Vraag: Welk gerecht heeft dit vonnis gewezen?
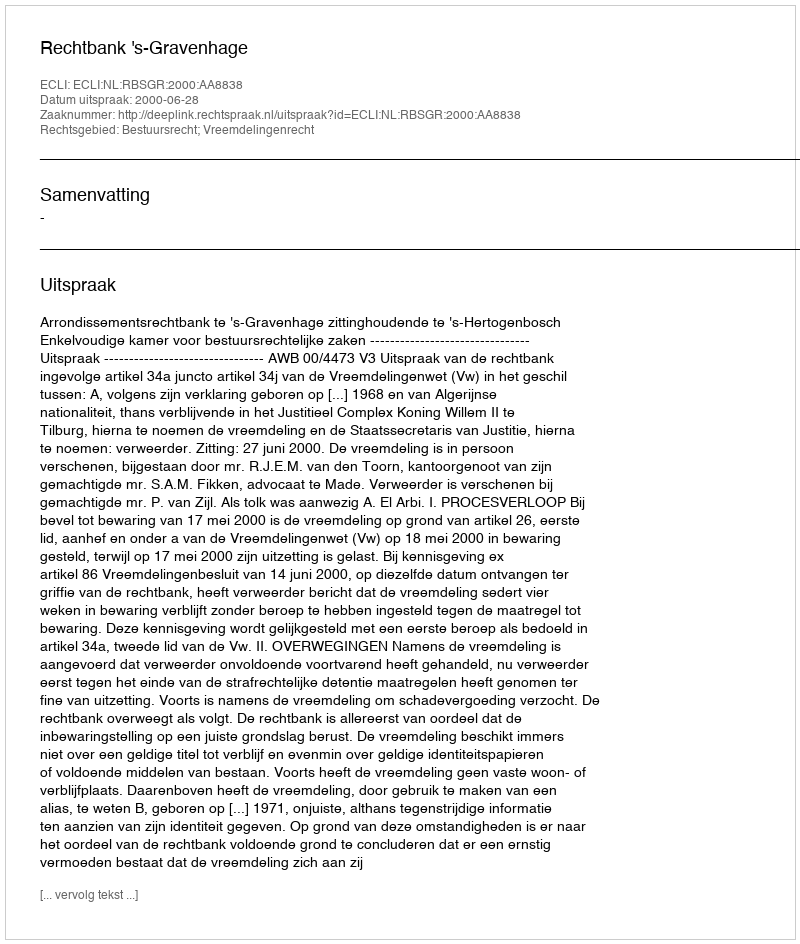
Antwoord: Rechtbank 's-Gravenhage